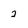
Character: 2